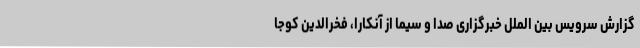
گزارش سرویس بین الملل خبرگزاری صدا و سیما از آنکارا، فخرالدین کوجا